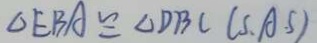
\Delta E B A \cong \Delta D B C ( S . A . S )